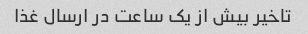
تاخیر بیش از یک ساعت در ارسال غذا